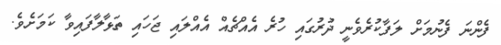
ފެންނަ ފެނުމަށް ލަފާކުރެވެނީ ދުރުގައި ހުރެ އެއްޗެއް އެއްލައި ޖަހައި ތަޅާލާފައިވާ ކަމަށެވެ.